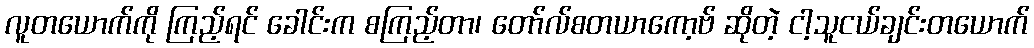
လူတယောက်ကို ကြည့်ရင် ခေါင်းက စကြည့်တာ၊ တော်လ်စတယာကော့ဗ် ဆိုတဲ့ ငါ့သူငယ်ချင်းတယောက်